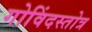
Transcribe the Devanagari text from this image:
गोविंदस्तोत्र